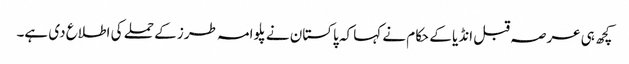
کچھ ہی عرصہ قبل انڈیا کے حکام نے کہا کہ پاکستان نے پلوامہ طرز کے حملے کی اطلاع دی ہے۔